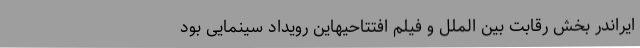
ایراندر بخش رقابت بین الملل و فیلم افتتاحیهاین رویداد سینمایی بود